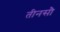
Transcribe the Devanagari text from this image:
तीनसौ